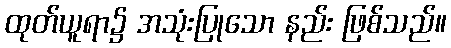
ထုတ်ယူရာ၌ အသုံးပြုသော နည်း ဖြစ်သည်။